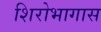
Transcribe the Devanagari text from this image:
शिरोभागास